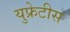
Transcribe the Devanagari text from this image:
युफ्रेटीस